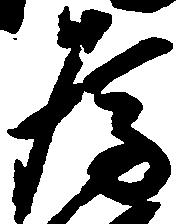
為